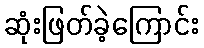
ဆုံးဖြတ်ခဲ့ကြောင်း